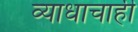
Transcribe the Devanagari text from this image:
व्याधाचाही